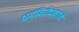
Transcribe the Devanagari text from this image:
धर्मविरोधकांचे